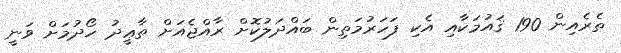
ތެރެއިން 190 ޤައުމަކާއި އެކި ފަހަރުމަތިން ބައްދަލުކޮށް ރާއްޖެއަށް ތާޢީދު ހޯދުމަށް ވަނީ